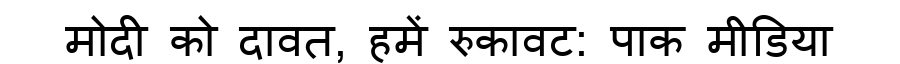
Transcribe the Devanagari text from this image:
मोदी को दावत, हमें रुकावट: पाक मीडिया